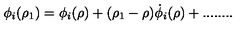
\phi _ { i } ( \rho _ { 1 } ) = \phi _ { i } ( \rho ) + ( \rho _ { 1 } - \rho ) \dot { \phi } _ { i } ( \rho ) + . . . . . . . .